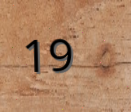
19